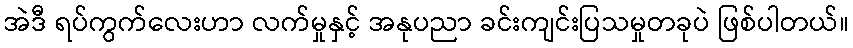
အဲဒီ ရပ်ကွက်လေးဟာ လက်မှုနှင့် အနုပညာ ခင်းကျင်းပြသမှုတခုပဲ ဖြစ်ပါတယ်။